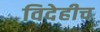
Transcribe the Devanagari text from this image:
विदेहीच